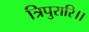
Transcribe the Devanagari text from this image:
त्रिपुरारि।।